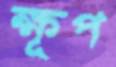
ক্ষূপ